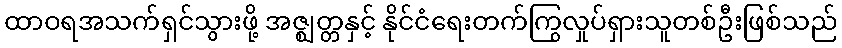
ထာဝရအသက်ရှင်သွားဖို့ အဇ္ဈတ္တနှင့် နိုင်ငံရေးတက်ကြွလှုပ်ရှားသူတစ်ဦးဖြစ်သည်